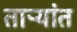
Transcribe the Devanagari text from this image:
ताऱ्यांत